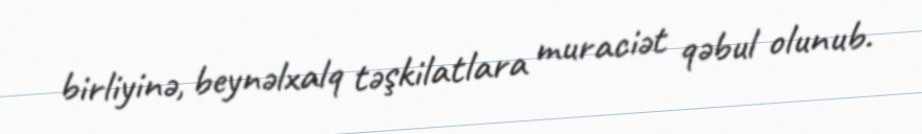
birliyinə, beynəlxalq təşkilatlara muraciət qəbul olunub.